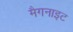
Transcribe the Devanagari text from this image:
मैगनाइट